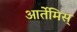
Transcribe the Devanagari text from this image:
आर्तेमिस्